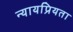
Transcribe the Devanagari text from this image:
न्‍यायप्रियता